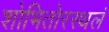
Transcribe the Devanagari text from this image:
शोभितोरस्थलं